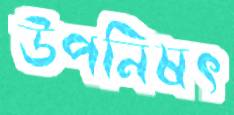
উপনিষৎ